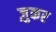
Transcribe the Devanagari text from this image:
ज़ुकर